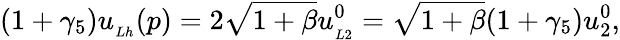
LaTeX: (1+\gamma_{5})u_{_{Lh}}(p)=2\sqrt{1+\beta}u_{_{L2}}^{0}=\sqrt{1+\beta}(1+\gamma_{5})u_{2}^{0},